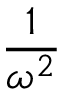
\frac { 1 } { \omega ^ { 2 } }